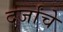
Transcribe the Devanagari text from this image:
दर्जांचे